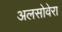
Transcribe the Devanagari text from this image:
अलसोवेरा